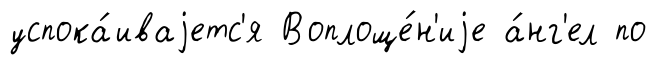
успока́иваjетс'я Воплоще́н'иjе а́нг'ел по